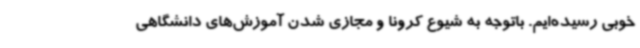
خوبی رسیده‌ایم. باتوجه به شیوع کرونا و مجازی شدن آموزش‌های دانشگاهی